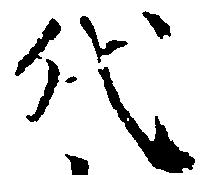
代